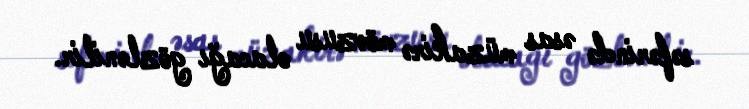
səfərində əsas müzakirə mövzusu olacağı gözlənilir.